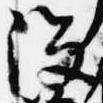
没